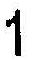
1